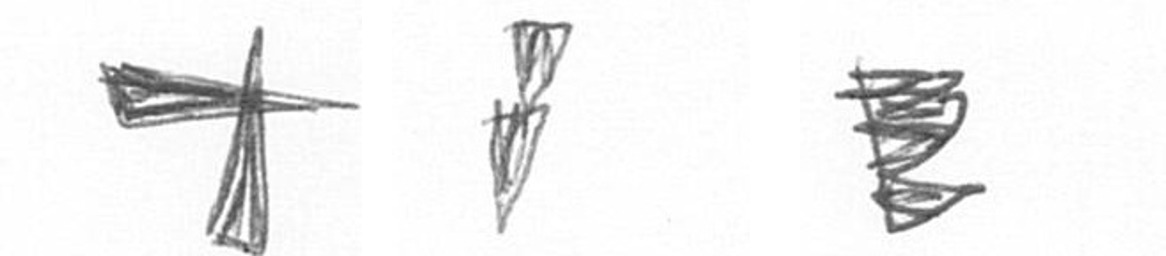
G Z H